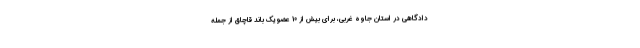
دادگاهی در استان جاوه غربی، برای بیش از 10 عضو یک باند قاچاق از جمله